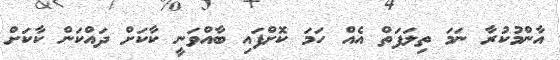
އާންމުކުރާ ނަމަ ތިލަފަތް އެއް ހަމަ ކޮށްފައި ބާއްވަނީ ކާކަށް ދައްކަން ކާކަށް